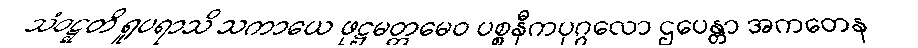
သံဝဋ္ဋတိ ရူပရာသိ သကာယေ ဖုဋ္ဌမတ္တမေဝ ပစ္စနီကပုဂ္ဂလော ဌပေန္တာ အကတေန